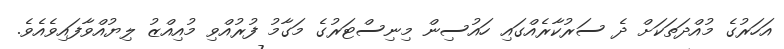
އަހަރުގެ މުއްދަތަކަށް ދެ ސަރުކާރެއްގައި ހައުސިން މިނިސްޓަރުގެ މަގާމު ފުރުއްވި މުއިއްޒު ލިޔުއްވާފައިވެއެވެ.